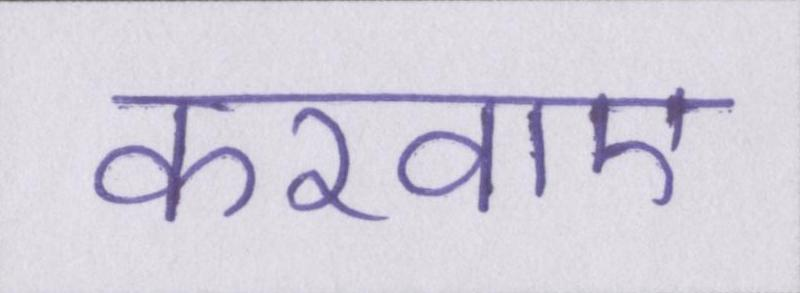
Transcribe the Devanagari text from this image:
करवाए